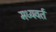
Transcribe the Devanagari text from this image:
मध्यवर्त